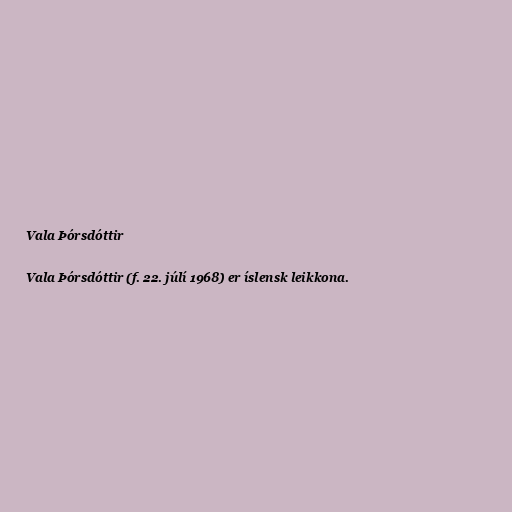
Vala Þórsdóttir

Vala Þórsdóttir (f. 22. júlí 1968) er íslensk leikkona.